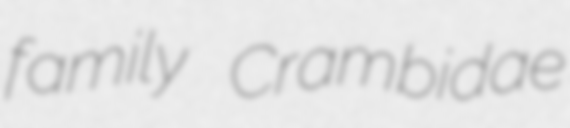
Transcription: family Crambidae